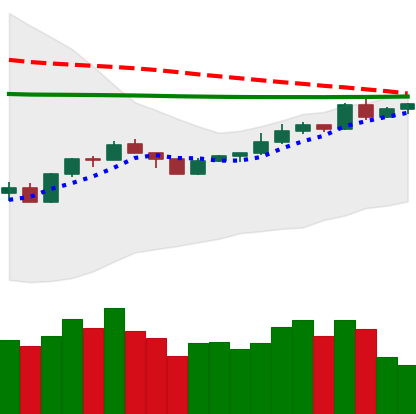
Ticker: XMR-USD
Chart end date: 2020-04-09
Forward return: -7.971%
Label: down_7plus